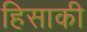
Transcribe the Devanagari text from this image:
हिसाकी